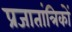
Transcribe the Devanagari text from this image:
प्रजातांत्रिकों